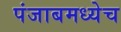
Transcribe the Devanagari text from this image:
पंजाबमध्येच